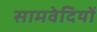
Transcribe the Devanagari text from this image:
सामवेदियों